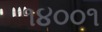
૧૪૦૦૧